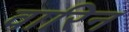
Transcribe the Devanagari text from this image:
वारिन